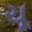
ચૂ